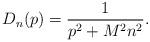
LaTeX: \begin{align*} D_n(p)=\frac1{p^2+M^2n^2}.\end{align*}